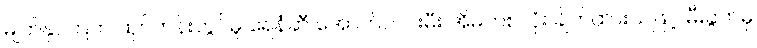
မျက်နှာကြက် ထုပ်တန်းတွင်မူ ရေနံဆီ အောက်လင်းမီး အိမ်တစ်လုံး ချိတ်ထားသဖြင့် မီးခွက်မှ